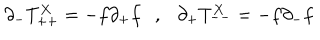
\partial _ { - } T _ { + + } ^ { X } = - f \partial _ { + } f \ \ \ , \ \ \ \partial _ { + } T _ { -- } ^ { X } = - f \partial _ { - } f